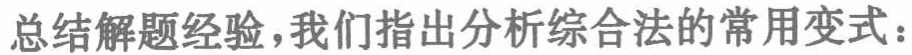
总结解题经验，我们指出分析综合法的常用变式：